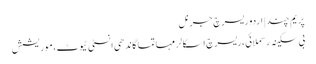
پریم چند | اردو ریسرچ جرنل
بی سکینہ رسملائی، ریسرچ اسکالر مہاتما گاندھی انسٹی ٹیوٹ، موریشش